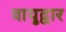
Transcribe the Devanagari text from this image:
वायुद्वार